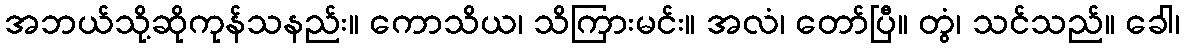
အဘယ်သို့ဆိုကုန်သနည်း။ ကောသိယ၊ သိကြားမင်း။ အလံ၊ တော်ပြီ။ တွံ၊ သင်သည်။ ခေါ၊